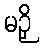
မဉှိ